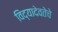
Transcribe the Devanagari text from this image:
विद्यादेवतेचे